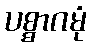
ပစ္စာဂမုံ